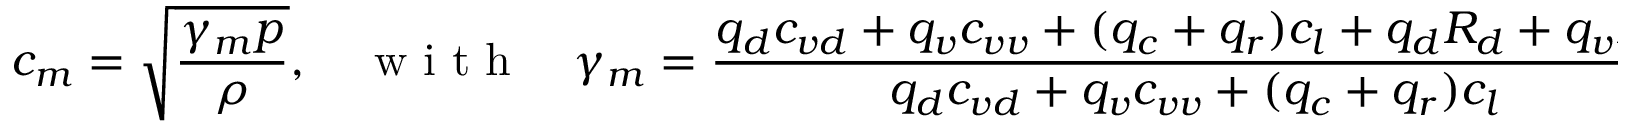
c _ { m } = \sqrt { \frac { \gamma _ { m } p } { \rho } } , \quad \mathrm { ~ w ~ i ~ t ~ h ~ } \quad \gamma _ { m } = \frac { q _ { d } c _ { v d } + q _ { v } c _ { v v } + ( q _ { c } + q _ { r } ) c _ { l } + q _ { d } R _ { d } + q _ { v } R _ { v } } { q _ { d } c _ { v d } + q _ { v } c _ { v v } + ( q _ { c } + q _ { r } ) c _ { l } } .